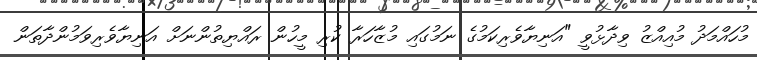
މުހައްމަދު މުއިއްޒު ވިދާޅުވީ "އަނިޔާވެރިކަމުގެ ނަމުގައި މުޒާހަރާ ކުރި މީހުން ރައްޔިތުންނަށް އަނިޔާވެރިވަމުންދާތަން